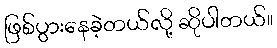
ဖြစ်ပွားနေခဲ့တယ်လို့ ဆိုပါတယ်။